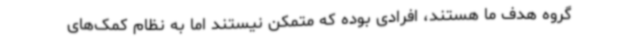
گروه هدف ما هستند، افرادی بوده که متمکن نیستند اما به نظام کمک‌های